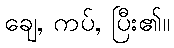
ချေ, ကပ်, ပြီး၏။